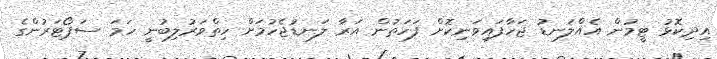
އިދިކޮޅު ޓީމުން އެއްލަނޑު ޖަހާފައިވަނިކޮށް ފަހަތުން އަރާ ލަނޑުޖެހުމަށް ހިތްވަރުލިބުނީ ހަމަ ސަޕޯޓަރުންގެ